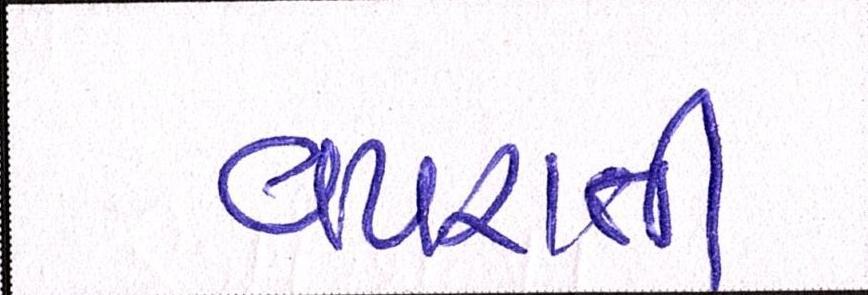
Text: વપરાતી